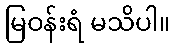
မြဝန်းရံ မသိပါ။